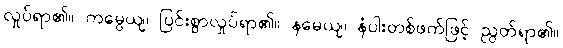
လှုပ်ရာ၏။ ကမ္ပေယျ၊ ပြင်းစွာလှုပ်ရာ၏။ နမေယျ၊ နံပါးတစ်ဖက်ဖြင့် ညွတ်ရာ၏။